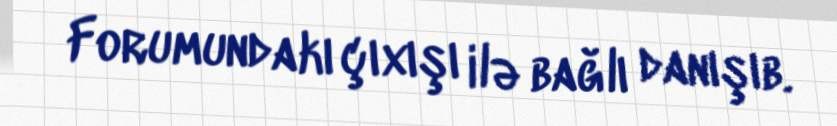
Forumundakı çıxışı ilə bağlı danışıb.